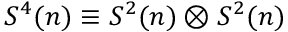
S ^ { 4 } ( n ) \equiv S ^ { 2 } ( n ) \otimes S ^ { 2 } ( n )